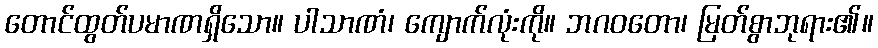
တောင်ထွတ်ပမာဏရှိသော။ ပါသာဏံ၊ ကျောက်လုံးကို။ ဘဂဝတော၊ မြတ်စွာဘုရား၏။